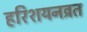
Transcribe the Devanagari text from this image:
हरिशयनव्रत